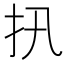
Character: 扟